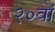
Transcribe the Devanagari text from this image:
२०वां